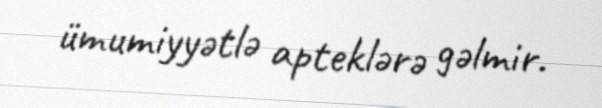
ümumiyyətlə apteklərə gəlmir.